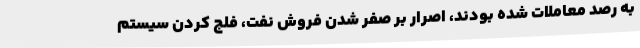
به رصد معاملات شده بودند، اصرار بر صفر شدن فروش نفت، فلج کردن سیستم